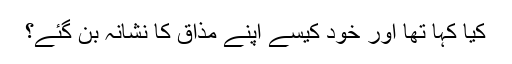
کیا کہا تھا اور خود کیسے اپنے مذاق کا نشانہ بن گئے؟